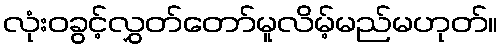
လုံးဝခွင့်လွှတ်တော်မူလိမ့်မည်မဟုတ်။